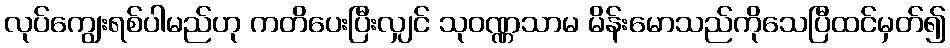
လုပ်ကျွေးရစ်ပါမည်ဟု ကတိပေးပြီးလျှင် သုဝဏ္ဏသာမ မိန်းမောသည်ကိုသေပြီထင်မှတ်၍